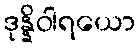
ဒုန္နိဝါရယော